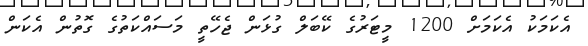
އެކަމަކު އެކަމަށް 1200 މީޓަރުގެ ކޭބަލް ގުޅަން ޖެހޭތީ މަސައްކަތުގެ ގޮތުން އެކަން